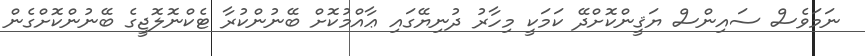
ނަމަވެސް ސައިންސް ޔަޤީންކޮށްދޭ ކަމަކީ މިހާރު ދުނިޔޭގައި ޢާއްމުކޮށް ބޭނުންކުރާ ޓެކްނޮލޮޖީގެ ބޭނުންކޮށްގެން